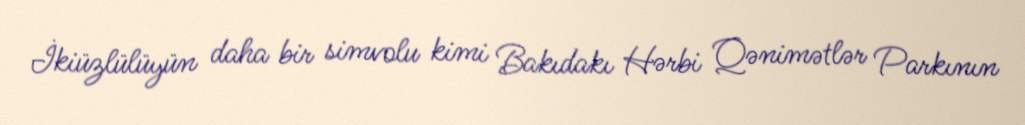
İkiüzlülüyün daha bir simvolu kimi Bakıdakı Hərbi Qənimətlər Parkının